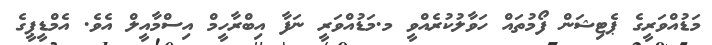
މަޑުއްވަރީގެ ޕެޓިޝަން ފޯމުތައް ހަވާލުކުރެއްވީ މ.މަޑުއްވަރީ ނަފާ އިބްރާހީމް އިސްމާއީލް އެވެ. އެމްޑީޕީގެ